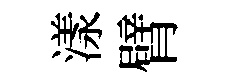
漾臂